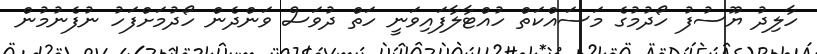
ހާލިދު ޔޫސުފު ހޯދުމުގެ މަސައްކަތް ހުއްޓާލާފައިވަނީ ހަތް ދުވަސް ވަންދެން ހޯދުމަށްފަހު ނުފެނުމުން